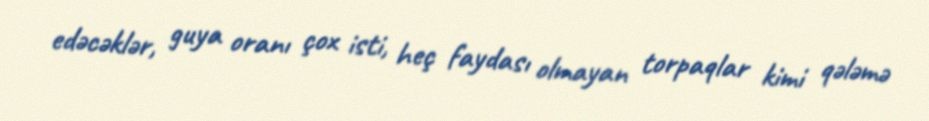
edəcəklər, guya oranı çox isti, heç faydası olmayan torpaqlar kimi qələmə